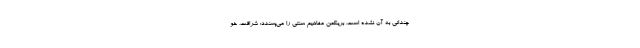
چندانی به آن نشده است. برینکمن مفاهیم سنتی را می‌پسندد: شرافت، خو